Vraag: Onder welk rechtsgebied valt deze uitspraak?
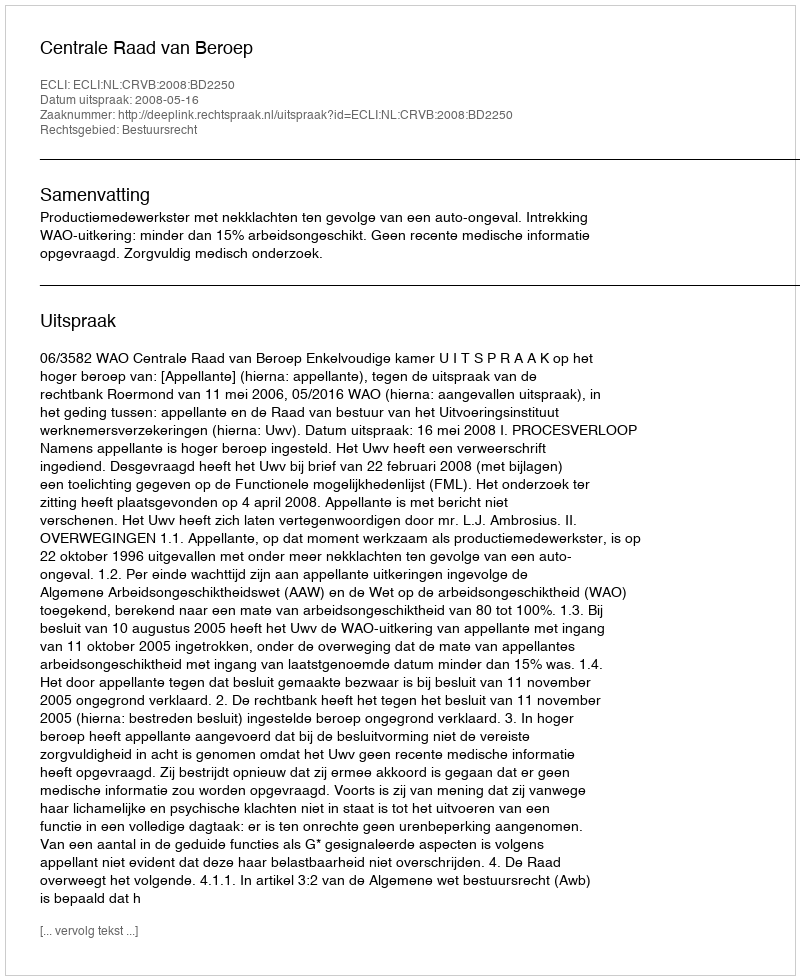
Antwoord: Bestuursrecht